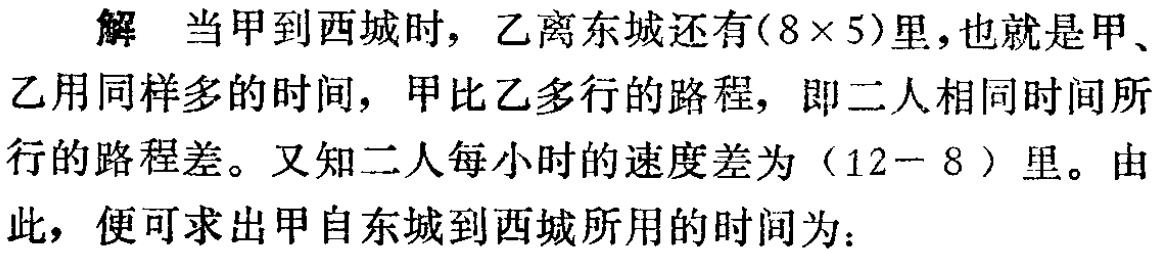
解 当甲到西城时，乙离东城还有\((8\times 5)\)里，也就是甲、乙用同样多的时间，甲比乙多行的路程，即二人相同时间所行的路程差。又知二人每小时的速度差为\((12 - 8)\)里。由此，便可求出甲自东城到西城所用的时间为：